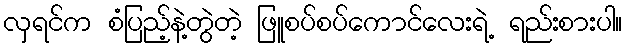
လှရင်က စံပြည့်နဲ့တွဲတဲ့ ဖြူစပ်စပ်ကောင်လေးရဲ့ ရည်းစားပါ။